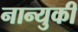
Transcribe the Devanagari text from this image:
नान्युकी